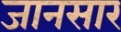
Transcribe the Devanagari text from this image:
जानसार